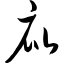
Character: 庇